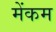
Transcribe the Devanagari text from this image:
मेंकम